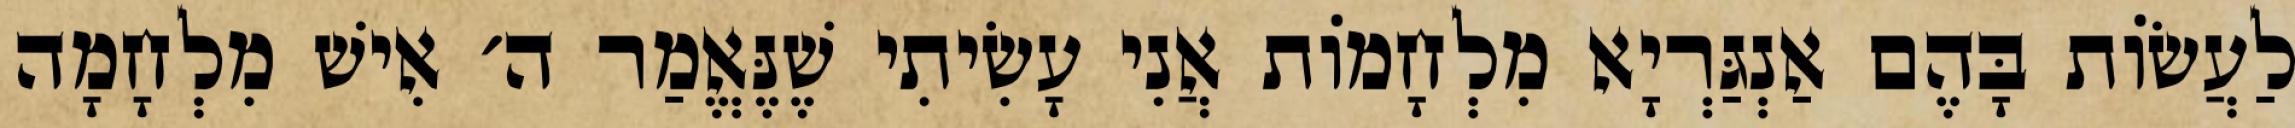
לַעֲשׂוֹת בָּהֶם אַנְגַּרְיָא מִלְחָמוֹת אֲנִי עָשִׂיתִי שֶׁנֶּאֱמַר ה׳ אִישׁ מִלְחָמָה